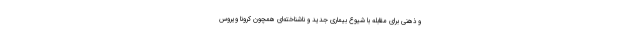
و ذهنی برای مقابله با شیوع بیماری جدید و ناشناخته‌ای همچون کرونا ویروس